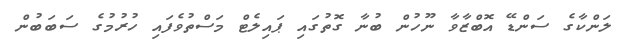
ލަންކާގެ ސަންޑޭ އޮބްޒާވާ ނޫހުން ބުނާ ގޮތުގައި ޕައިލެޓް މަސްތުވެފައި ހުރުމުގެ ސަބަބުން